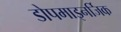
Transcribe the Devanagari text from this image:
डोपमाइनर्जिक